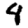
Digit: 4